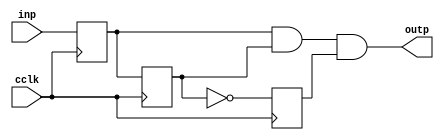
`timescale 1ns / 1ps

// giving a clock pulse with every pushbutton press
module clk_pulse ( 
    input wire inp ,
    input wire cclk ,
    output wire outp  
);
reg delay1, delay2, delay3;

always @(posedge cclk)
begin
	   	delay1 <= inp;
	   	delay2 <= delay1;
	   	delay3 <= ~delay2;
end
assign outp = delay1 & delay2 & delay3;

endmodule